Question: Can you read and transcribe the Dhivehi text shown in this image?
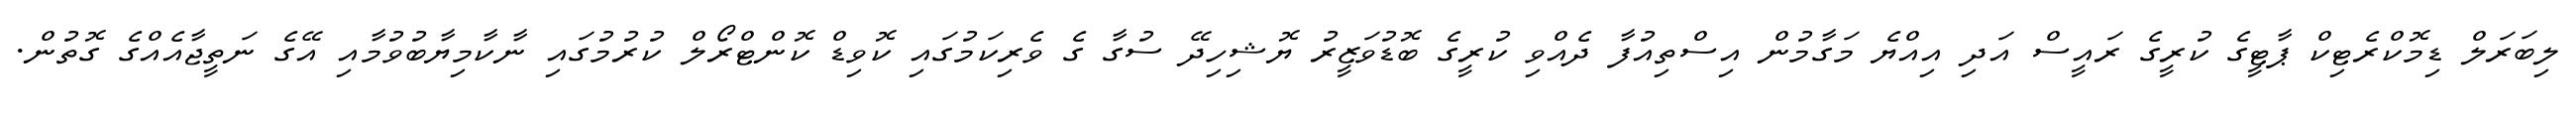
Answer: ލިބަރަލް ޑިމޮކްރެޓިކް ޕާޓީގެ ކުރީގެ ރައީސް އަދި އިއްޔެ މަގާމުން އިސްތިއުފާ ދެއްވި ކުރީގެ ބޮޑުވަޒީރު ޔޮޝިހިދޭ ސުގާ ގެ ވެރިކަމުގައި ކޮވިޑް ކޮންޓްރޯލް ކުރުމުގައި ނާކާމިޔާބުވުމާއި އޭގެ ނަތީޖާއެއްގެ ގޮތުން.